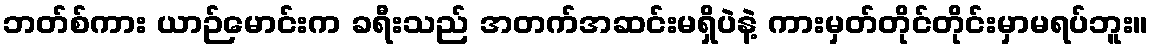
ဘတ်စ်ကား ယာဉ်မောင်းက ခရီးသည် အတက်အဆင်းမရှိပဲနဲ့ ကားမှတ်တိုင်တိုင်းမှာမရပ်ဘူး။